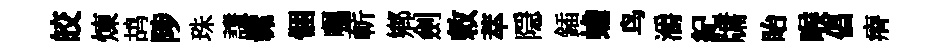
皎煉鸪陟珠謙髴悃囑蔪鄕劍敕萃隠鍤蟾鸟灂紀牗眙喉倡瘠